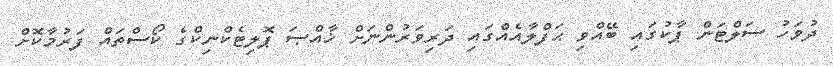
ދުވަހު ސަލްޓަން ޕާކުގައި ބޭއްވި ޙަފްލާއެއްގައި ދަރިވަރުންނަށް ޚާއްޞަ ޕޮލިޓެކްނިކްގެ ކޯސްތައް ފަރުމާކޮށް